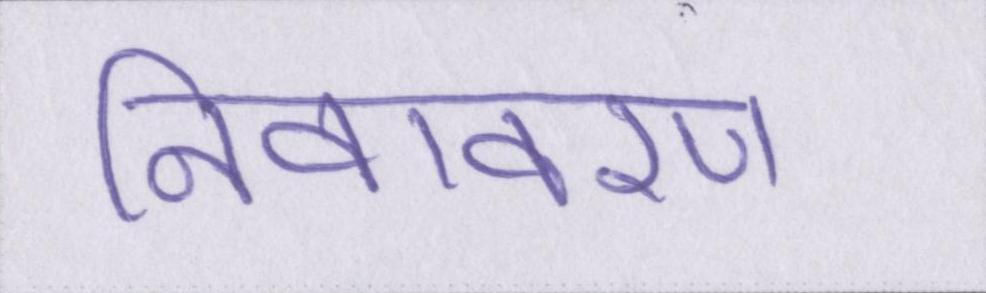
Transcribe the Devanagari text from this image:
निवावरण